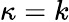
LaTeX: \kappa=k